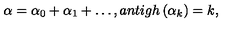
\alpha = \alpha _ { 0 } + \alpha _ { 1 } + \ldots , a n t i g h \left( \alpha _ { k } \right) = k ,